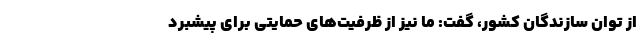
از توان سازندگان کشور، گفت: ما نیز از ظرفیت‌های حمایتی برای پیشبرد